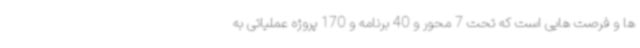
ها و فرصت هایی است که تحت 7 محور و 40 برنامه و 170 پروژه عملیاتی به